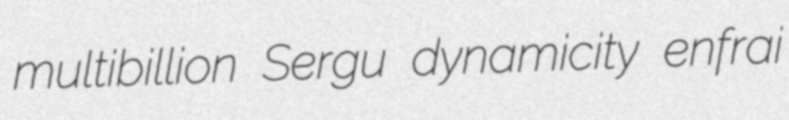
multibillion Sergu dynamicity enfrai